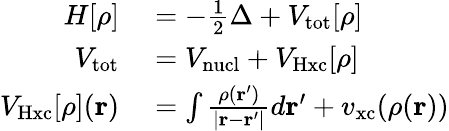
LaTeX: \begin{array}{rl}{H[\rho]}&{{}=-\frac 12\Delta+V_{\mathrm{tot}}[\rho]}\\ {V_{\mathrm{tot}}}&{{}=V_{\mathrm{nucl}}+V_{\mathrm{Hxc}}[\rho]}\\ {V_{\mathrm{Hxc}}[\rho](\mathbf r)}&{{}=\int\frac{\rho(\mathbf r^{\prime})}{|\mathbf r-\mathbf r^{\prime}|}d\mathbf r^{\prime}+v_{\mathrm{xc}}(\rho(\mathbf r))}\end{array}